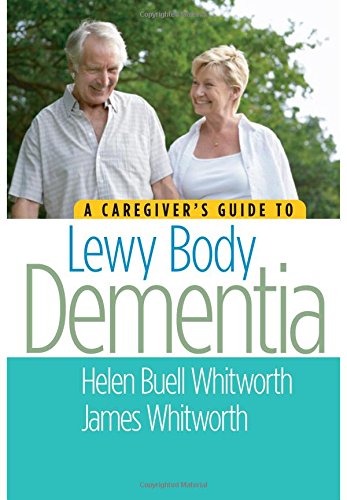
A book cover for A Caregiver's Guide to Lewy Body Dementia; Helen Buell Whitworth "MS  BSN"; Health, Fitness & Dieting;